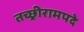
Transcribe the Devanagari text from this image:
तच्छ्रीरामपदे